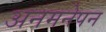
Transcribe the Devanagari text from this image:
अनमनेपन